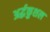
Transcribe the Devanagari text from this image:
अर्द्धकुशल